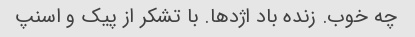
چه خوب. زنده باد اژدها. با تشکر از پیک و اسنپ